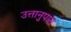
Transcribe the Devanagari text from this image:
उत्तानुपात